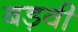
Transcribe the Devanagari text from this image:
बड़वी